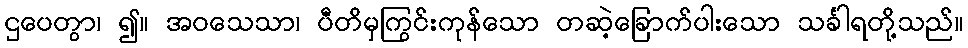
ဌပေတွာ၊ ၍။ အဝသေသာ၊ ပီတိမှကြွင်းကုန်သော တဆဲ့ခြောက်ပါးသော သင်္ခါရတို့သည်။